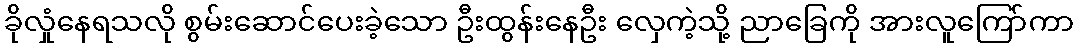
ခိုလှုံနေရသလို စွမ်းဆောင်ပေးခဲ့သော ဦးထွန်းနေဦး လှေကဲ့သို့ ညာခြေကို အားလူကြော်ကာ